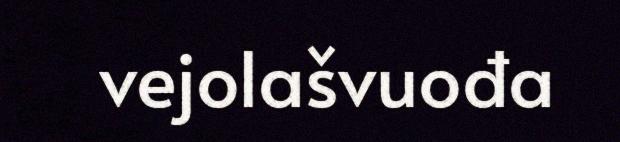
vejolašvuođa